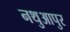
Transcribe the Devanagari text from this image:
नथुआपुर